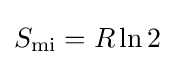
S_{\text{mi}}=R\ln 2